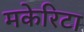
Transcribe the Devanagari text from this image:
मकेरिटा